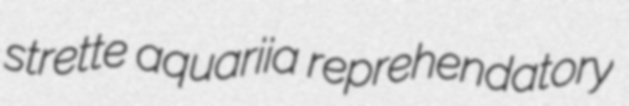
strette aquariia reprehendatory